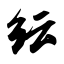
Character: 纭